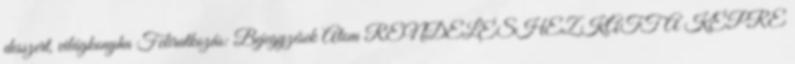
desszert, világkonyha Feliratkozás: Bejegyzések Atom RENDELÉSHEZ KATT A KÉPRE